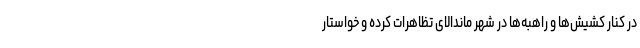
در کنار کشیش‌ها و راهبه‌ها در شهر ماندالای تظاهرات کرده و خواستار